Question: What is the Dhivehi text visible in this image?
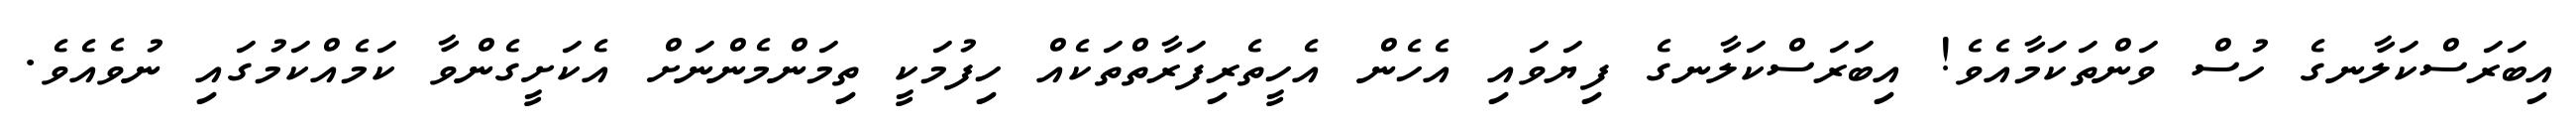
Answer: އިބަރަސްކަލާނގެ ހުސް ވަންތަކަމާއެވެ! އިބަރަސްކަލާނގެ ފިޔަވައި އެހެން އެހީތެރިފަރާތްތަކެއް ހިފުމަކީ ތިމަންމެންނަށް އެކަށީގެންވާ ކަމެއްކަމުގައި ނުވެއެވެ.